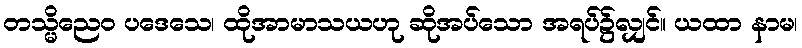
တသ္မိညေဝ ပဒေသေ၊ ထိုအာမာသယဟု ဆိုအပ်သော အရပ်၌လျှင်။ ယထာ နာမ၊